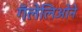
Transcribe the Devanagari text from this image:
गॅलेलिओने